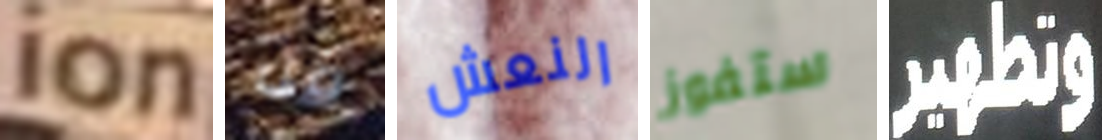
ion من النعش ستفوز وتطهير